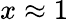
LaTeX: x\approx 1